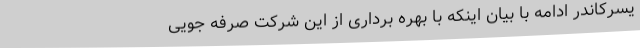
یسرکاندر ادامه با بیان اینکه با بهره برداری از این شرکت صرفه جویی